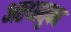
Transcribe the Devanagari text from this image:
अष्टधातुका